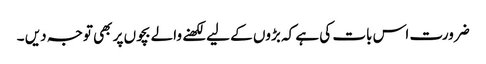
ضرورت اس بات کی ہے کہ بڑوں کے لیے لکھنے والے بچوں پر بھی توجہ دیں ۔